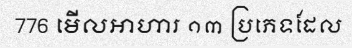
776 មើលអាហារ ១៣ ប្រភេទដែល